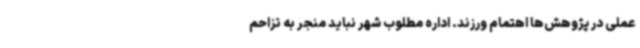
عملی در پژوهش‌ها اهتمام ورزند. اداره مطلوب شهر نباید منجر به تزاحم